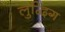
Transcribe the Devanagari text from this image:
लुद्विग